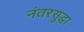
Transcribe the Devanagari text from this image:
नंतरसुद्धा